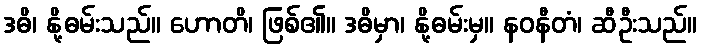
ဒဓိ၊ နို့ဓမ်းသည်။ ဟောတိ၊ ဖြစ်၏။ ဒဓိမှာ၊ နို့ဓမ်းမှ။ နဝနီတံ၊ ဆီဦးသည်။